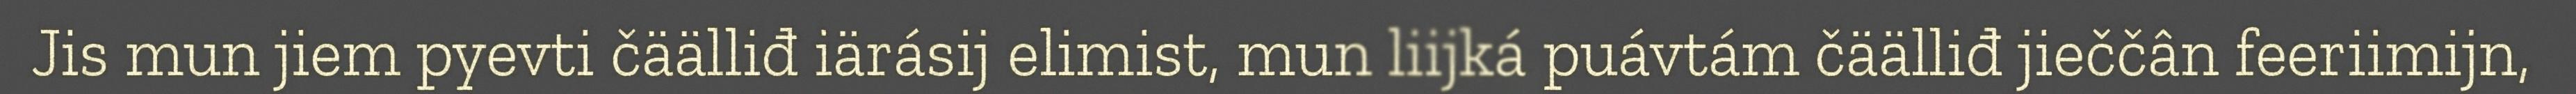
Jis mun jiem pyevti čäälliđ iärásij elimist, mun liijká puávtám čäälliđ jieččân feeriimijn,